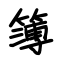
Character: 簿